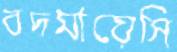
বদমায়েসি